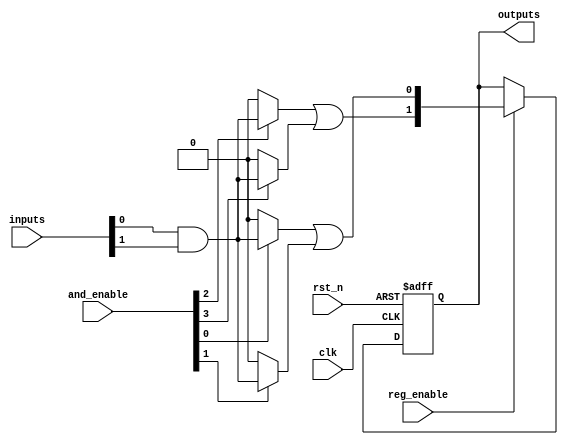
module RPAL #(
    parameter NUM_INPUTS = 8,  // Number of input signals
    parameter NUM_ANDS = 4,     // Number of programmable AND gates
    parameter NUM_ORS = 2        // Number of fixed OR gates
)(
    input wire clk,                   // Clock signal
    input wire rst_n,                 // Active low reset signal
    input wire [NUM_INPUTS-1:0] inputs,  // Input signals
    input wire [NUM_ANDS-1:0] and_enable,  // Control signals for AND gates
    input wire reg_enable,            // Control signal for register enable
    output reg [NUM_ORS-1:0] outputs  // Registered outputs
);

    // Intermediate signals for AND gates
    wire [NUM_ANDS-1:0] and_outputs;
    
    // Programmable AND Array
    genvar i;
    generate
        for (i = 0; i < NUM_ANDS; i = i + 1) begin : and_array
            assign and_outputs[i] = and_enable[i] ? (inputs[0] & inputs[1]) : 1'b0; // Example; can be modified for programmability
        end
    endgenerate
    
    // Fixed OR Array
    wire [NUM_ORS-1:0] or_outputs;
    assign or_outputs[0] = and_outputs[0] | and_outputs[1]; // Example OR logic
    assign or_outputs[1] = and_outputs[2] | and_outputs[3]; // Example OR logic

    // Registered Outputs
    always @(posedge clk or negedge rst_n) begin
        if (!rst_n) begin
            outputs <= 0; // Reset outputs
        end else if (reg_enable) begin
            outputs <= or_outputs; // Store OR outputs in registers
        end
    end

endmodule